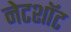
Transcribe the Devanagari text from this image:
नेटशॉट